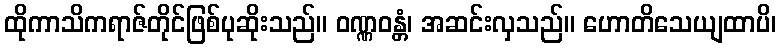
ထိုကာသိကရာဇ်တိုင်ဖြစ်ပုဆိုးသည်။ ဝဏ္ဏဝန္တံ၊ အဆင်းလှသည်။ ဟောတိသေယျထာပိ၊